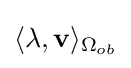
{\textstyle \displaystyle \langle \mathbf {\lambda } ,{\textbf {v}}\rangle _{\Omega _{ob}}}